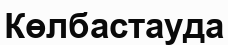
Көлбастауда